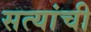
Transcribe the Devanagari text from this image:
सत्यांची